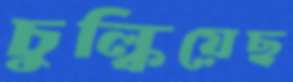
চুল্‌কিয়েছ